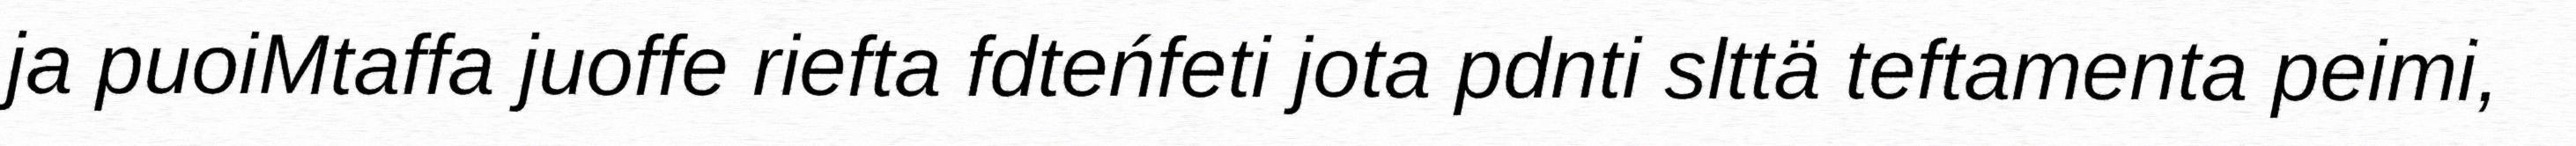
ja puoiMtaffa juoffe riefta fdteńfeti jota pdnti slttä teftamenta peimi,